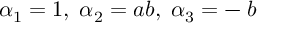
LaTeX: \alpha _ { 1 } = 1 , \; \alpha _ { 2 } = a b , \; \alpha _ { 3 } = - \; b